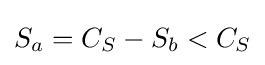
S_{a}=C_{S}-S_{b}<C_{S}